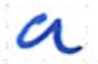
Text: a
Cross-out: clean
Writing tool: ballpoint